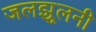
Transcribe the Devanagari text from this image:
जलझूलनी